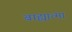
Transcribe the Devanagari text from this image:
बाह्यात्मा